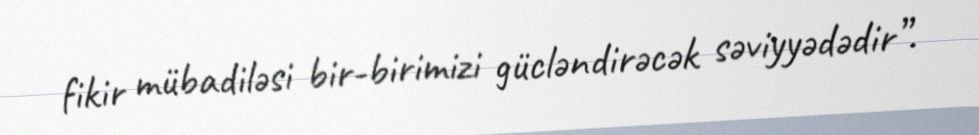
fikir mübadiləsi bir-birimizi gücləndirəcək səviyyədədir”.